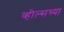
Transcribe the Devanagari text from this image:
व्हील्सच्या